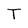
Character: T